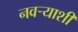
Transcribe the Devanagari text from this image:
नवर्‍याशी